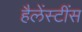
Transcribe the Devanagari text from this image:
हैलेंस्टींस